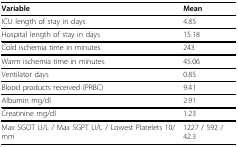
<table><thead><tr><td><b>Variable</b></td><td><b>Mean</b></td></tr></thead><tbody><tr><td>ICU length of stay in days</td><td>4.85</td></tr><tr><td>Hospital length of stay in days</td><td>15.18</td></tr><tr><td>Cold ischemia time in minutes</td><td>243</td></tr><tr><td>Warm ischemia time in minutes</td><td>45.06</td></tr><tr><td>Ventilator days</td><td>0.85</td></tr><tr><td>Blood products received (PRBC)</td><td>9.41</td></tr><tr><td>Albumin mg/dl</td><td>2.91</td></tr><tr><td>Creatinine mg/dl</td><td>1.23</td></tr><tr><td>Max SGOT U/L / Max SGPT U/L / Lowest Platelets 10/mm</td><td>1227 / 592 / 42.3</td></tr></tbody></table>